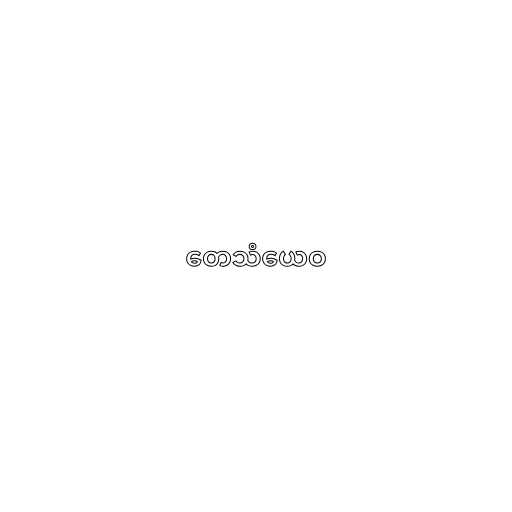
တေသံယေဝ